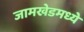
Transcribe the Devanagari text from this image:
जामखेडमध्ये